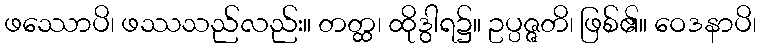
ဖဿောပိ၊ ဖဿသည်လည်း။ တတ္ထ၊ ထိုဒွါရ၌။ ဥပ္ပဇ္ဇတိ၊ ဖြစ်၏။ ဝေဒနာပိ၊